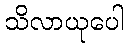
သိလာယုပေါ